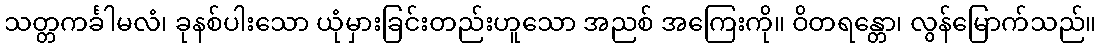
သတ္တကင်္ခါမလံ၊ ခုနစ်ပါးသော ယုံမှားခြင်းတည်းဟူသော အညစ် အကြေးကို။ ဝိတရန္တော၊ လွန်မြောက်သည်။